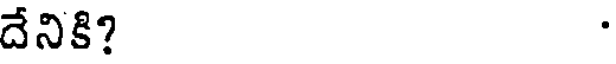
దేనికి?